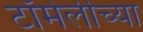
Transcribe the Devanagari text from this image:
टॉमेलीच्या